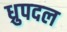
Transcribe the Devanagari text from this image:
ध्रुपदल